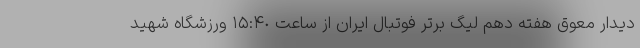
دیدار معوق هفته دهم لیگ برتر فوتبال ایران از ساعت ١۵:۴٠ ورزشگاه شهید